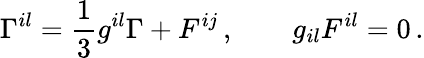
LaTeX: \Gamma^{il}=\frac 13g^{il}\Gamma+F^{ij}\, ,\qquad g_{il}F^{il}=0\, .